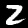
Digit: 2